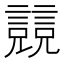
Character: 𧫘